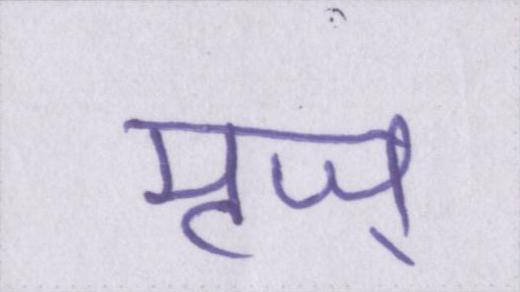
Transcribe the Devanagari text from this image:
मृज्